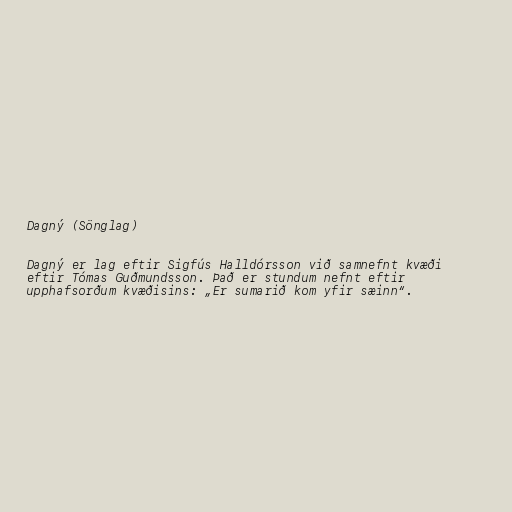
Dagný (Sönglag)

Dagný er lag eftir Sigfús Halldórsson við samnefnt kvæði
eftir Tómas Guðmundsson. Það er stundum nefnt eftir
upphafsorðum kvæðisins: „Er sumarið kom yfir sæinn“.